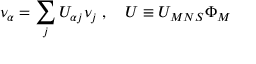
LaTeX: \nu _ { \alpha } = \sum _ { j } U _ { \alpha j } \nu _ { j } \; , \quad U \equiv U _ { M N S } \Phi _ { M }